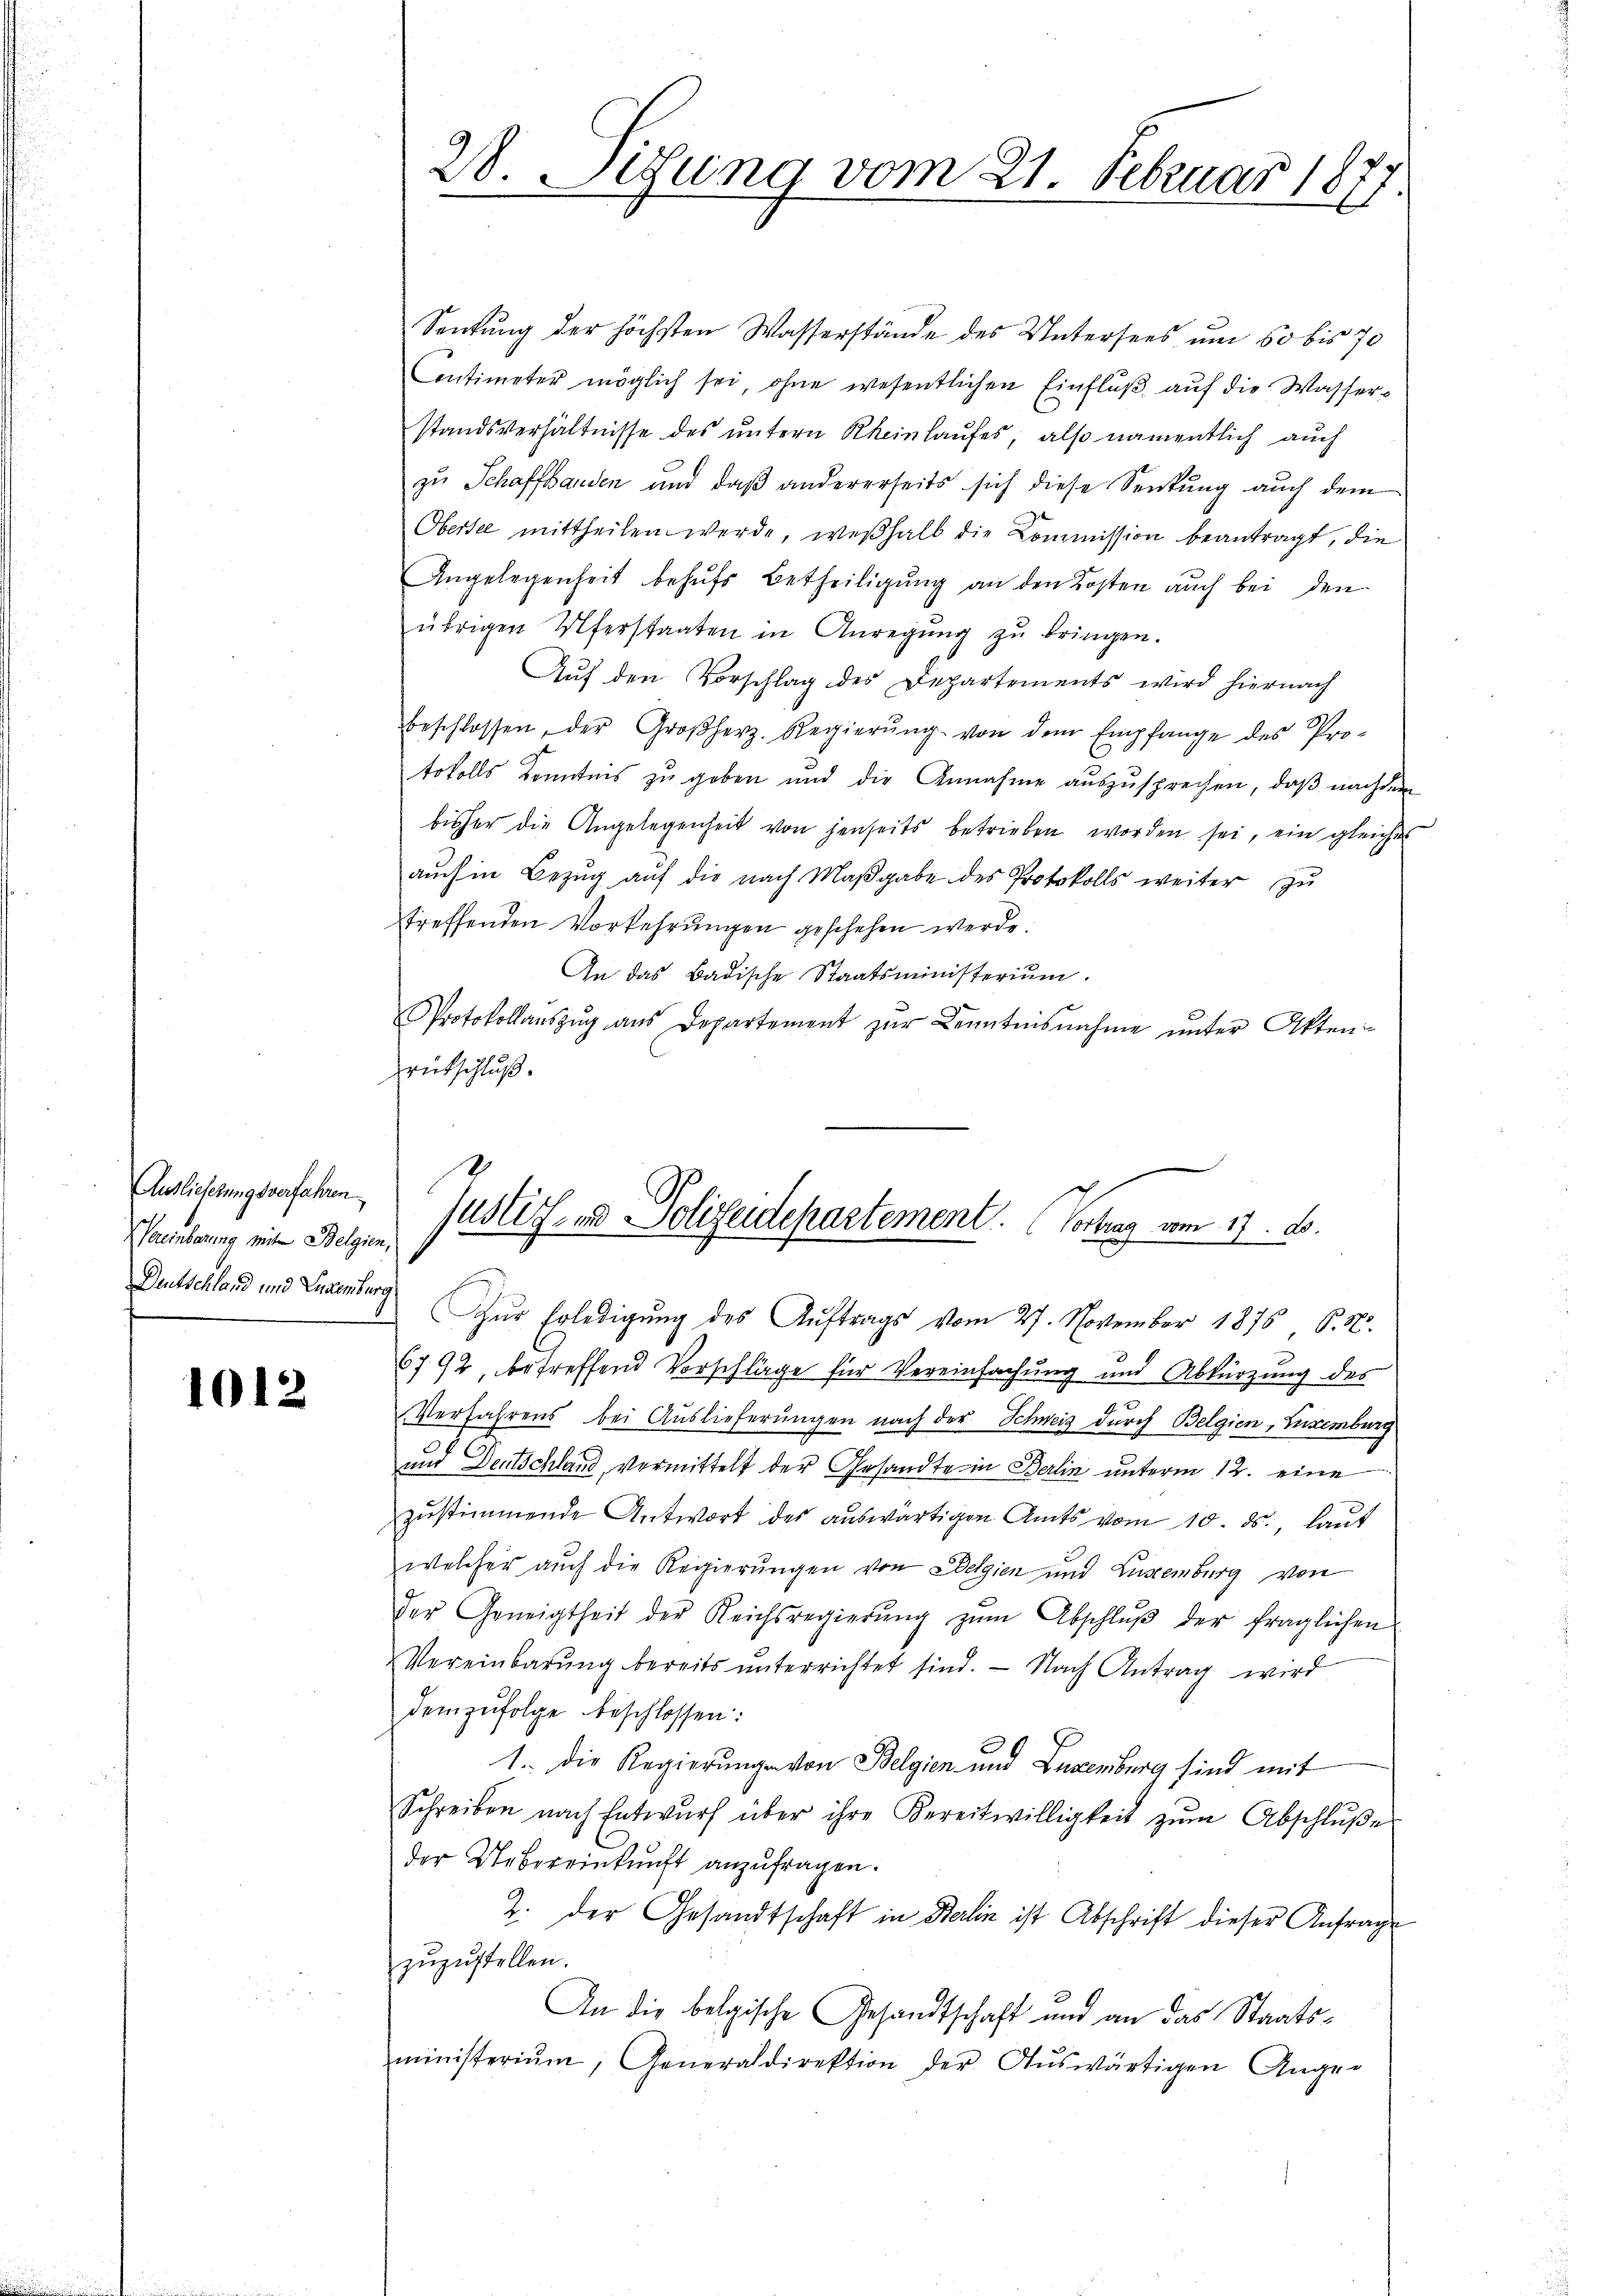
Auslieferungsverfahren
Vereinbarung mit Belgien,
Deutschland und Luxenburg

1012

Senkung der höchsten Wasserstände des Untersees um 50 bis 70
Contimeter möglich sei, ohne wesentlichen Einfluß auf die Wasserstandsverhältnisse des untern Rheinlaufes, also namentlich auch
zu Schaffhanden und daß andererseits sich diese Senkung auch dem
Obersel mittheilen werde, weßhalb die Commission beantragt, die
Angelegenheit behufs Betheiligung an den Kosten auch bei den
übrigen Uferstaaten in Anregung zu bringen.
Aŭf den Vorschlag des Departements wird hiernach
beschlossen, der Großherz. Regierŭng von dem Empfange des Pro-
tokolls Kenntnis zu geben und die Annahme auszusprechen, daß nachdem
bisher die Angelegenheit von jenseits betrieben worden sei, ein gleiches
aŭch in Bezŭg aŭf die nach Maβgabe des Protokolls weiter zu
treffenden Vorkehrungen geschehen werde.
An das Badische Staatsministerium.
Protokollaŭszŭg aŭs Departement zŭr Kenntnisnahme ŭnter Akten-
Feütschluß.
Zŭr Erledigung des Auftrags vom 27. November 1876 S. N.
6792, betreffend Vorschläge für Vereinfachung und Abkürzung des
Verfahrens bei Auslieferungen nach der Schweiz durch Belgien, Luxenburg
nur Deutschland, vermittelt der Gesandte in Berlin unterm 12. eine
zŭstimmende Antwort des auswärtigen Amts vom 10. ds., laut
welcher auch die Regierungen von Belgien und Luxenburg von
der Geneigtheit der Reichsregierŭng zŭm Abschlŭβ der fraglichen
Vereinbarŭng bereits ŭnterrichtet sind. — Nach Antrag wird
demzufolge beschlossen:
1. Die Regierunge von Belgien und Luxenburg sind mit
Schreiben nach Entwŭrf über ihre Kereitwilligkeit zŭm Abschlŭβe
der Uebereinkunft anzufragen.
2. der Gesandtschaft in Berlin ist Abschrift dieser Anfrage
zŭzŭstellen.
An die belgische Gesandtschaft und an das Staatsministeriŭm, Generaldirektion der Aŭswärtigen Ange-

28. Sedung vom 21. Februar 1877.

Justiz- und Polizeidepartement. Vortrag vom 17. d.